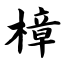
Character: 樟